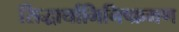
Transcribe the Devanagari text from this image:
सिद्धार्थाभिनिष्क्रमण